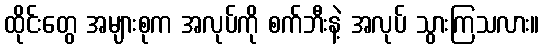
ထိုင်းတွေ အများစုက အလုပ်ကို စက်ဘီးနဲ့ အလုပ် သွားကြသလား။